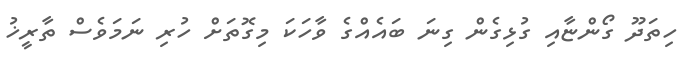
ހިތަދޫ ގޯންޏާއި ގުޅިގެން ގިނަ ބައެއްގެ ވާހަކަ މިގޮތަށް ހުރި ނަމަވެސް ތާރީޚު